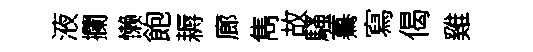
液攔懒飽耨廊雋故騷驀寫偈雞